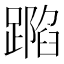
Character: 𨄽